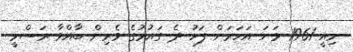
މިއީ 1961 ވަނަ އަހަރަށް ފަހު ދެ ގައުމުގެ ވެރިން ބާއްވާ ރަސްމީ